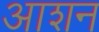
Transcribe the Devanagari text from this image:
आशन